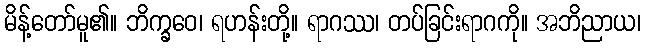
မိန့်တော်မူ၏။ ဘိက္ခဝေ၊ ရဟန်းတို့။ ရာဂဿ၊ တပ်ခြင်းရာဂကို။ အဘိညာယ၊